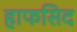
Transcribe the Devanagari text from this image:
हाफसिद